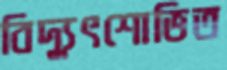
বিদ্যুৎশোভিত